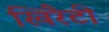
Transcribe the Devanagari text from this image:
खिरैटी